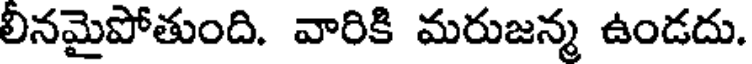
లీనమైపోతుంది. వారికి మరుజన్మ ఉండదు.